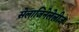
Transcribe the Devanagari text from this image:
सेलाजिनेलेलीज